画像に写った文字を読んでください
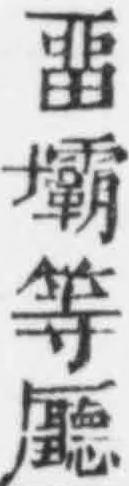
「畱壩等廳」と書いてあります